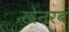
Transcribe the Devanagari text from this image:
खेनरब